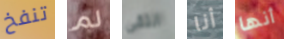
تنفخ لم التقى أنا أنها